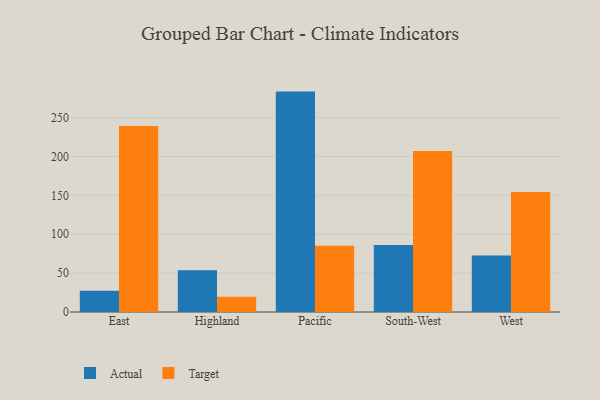
{"axis": {"x": "Region", "y": "Gross Profit (USD K)"}, "legend": ["Actual", "Target"], "data": [{"x": "East", "y": 27.4, "type": "Actual"}, {"x": "East", "y": 239.3, "type": "Target"}, {"x": "Highland", "y": 53.6, "type": "Actual"}, {"x": "Highland", "y": 19.5, "type": "Target"}, {"x": "Pacific", "y": 283.5, "type": "Actual"}, {"x": "Pacific", "y": 85.1, "type": "Target"}, {"x": "South-West", "y": 86.2, "type": "Actual"}, {"x": "South-West", "y": 207.2, "type": "Target"}, {"x": "West", "y": 72.6, "type": "Actual"}, {"x": "West", "y": 154.4, "type": "Target"}]}